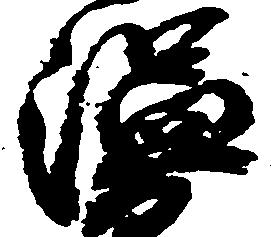
温